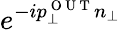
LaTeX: e^{-ip_{\perp}^{\mathrm{~O~U~T~}}n_{\perp}}